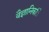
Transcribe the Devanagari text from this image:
वैज्ञानिकांे